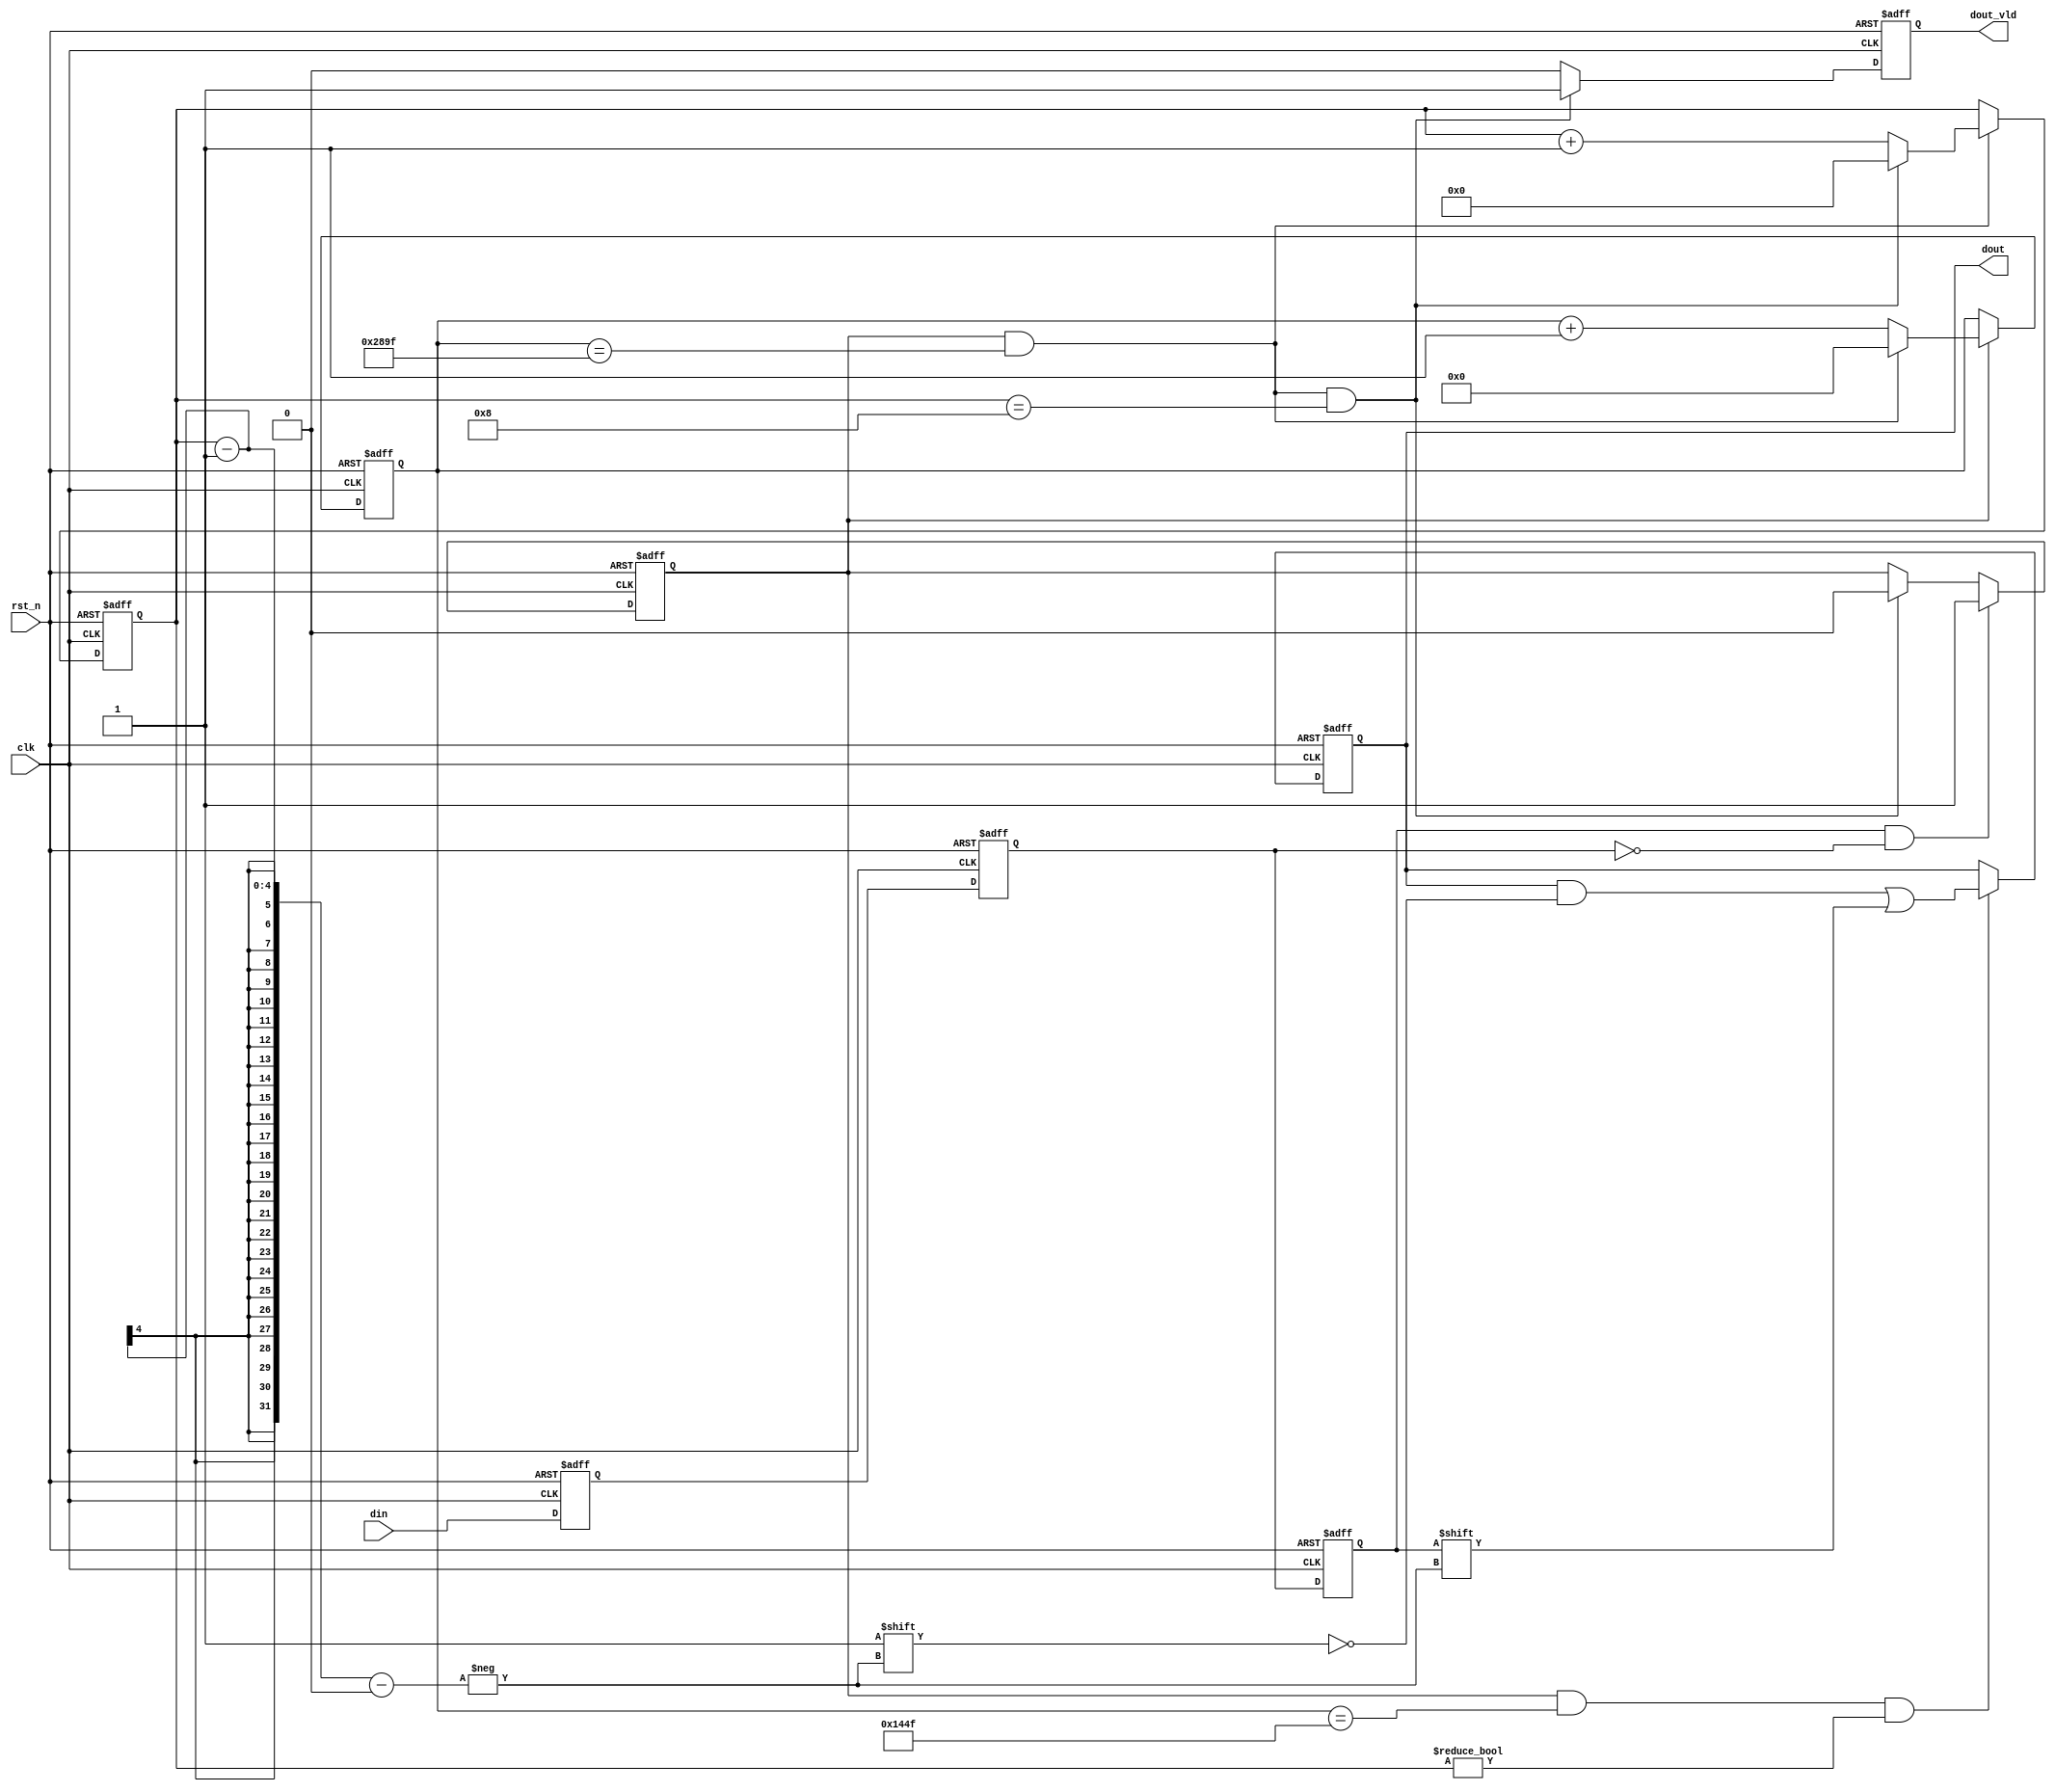
`timescale 1ns / 1ps
module uart_rx(

               input               clk          ,		
               input               rst_n        ,	
               input               din          ,
               output  reg[7:0]    dout         ,		
               output  reg         dout_vld     
               );

parameter    	   BPS	  =	10400;
reg   [14:0]        cnt0         ;
wire                add_cnt0     ;
wire                end_cnt0     ;

reg   [ 3:0]        cnt1         ;
wire                add_cnt1     ;
wire                end_cnt1     ;

reg                 rx0          ;	
reg                 rx1          ;	
reg                 rx2          ;	
wire                rx_en        ;

reg                 flag_add     ;


always @ (posedge clk or negedge rst_n) begin
	if(!rst_n) begin
		rx0 <= 1'b1;
        rx1 <= 1'b1;
        rx2 <= 1'b1;
	end
	else begin
		rx0 <= din;
        rx1 <= rx0;
        rx2 <= rx1;
	end
end

assign rx_en = rx2 & ~rx1;	

always @(posedge clk or negedge rst_n)begin
    if(!rst_n)begin
        cnt0 <= 0;
    end
    else if(add_cnt0)begin
        if(end_cnt0)
            cnt0 <= 0;
        else
            cnt0 <= cnt0 + 1;
    end
end

assign add_cnt0 = flag_add;
assign end_cnt0 = add_cnt0 && cnt0==BPS-1 ;

always @(posedge clk or negedge rst_n)begin 
    if(!rst_n)begin
        cnt1 <= 0;
    end
    else if(add_cnt1)begin
        if(end_cnt1)
            cnt1 <= 0;
        else
            cnt1 <= cnt1 + 1;
    end
end

assign add_cnt1 = end_cnt0;
assign end_cnt1 = add_cnt1 && cnt1==9-1 ; 

always @ (posedge clk or negedge rst_n)begin
	if(!rst_n) begin
		flag_add <= 1'b0;
	end
	else if(rx_en) begin		
		flag_add <= 1'b1;	
	end
    else if(end_cnt1) begin		
		flag_add <= 1'b0;	
	end
end

always @ (posedge clk or negedge rst_n)begin
	if(!rst_n) begin
		dout <= 8'd0;
	end
	else if(add_cnt0 && cnt0==BPS/2-1 && cnt1!=0) begin	
	    dout[cnt1-1]<= rx2 ;
	end
end



always @ (posedge clk or negedge rst_n)begin
	if(!rst_n) begin
		dout_vld <= 1'b0;
	end
    else if(end_cnt1) begin		
		dout_vld <= 1'b1;	
	end
	else begin	
        dout_vld <= 1'b0;			
	end
end

endmodule